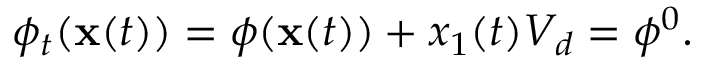
\phi _ { t } ( \mathbf { x } ( t ) ) = \phi ( \mathbf { x } ( t ) ) + x _ { 1 } ( t ) V _ { d } = \phi ^ { 0 } .